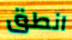
انطق